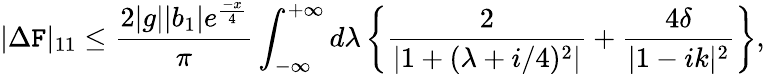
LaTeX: |\Delta\mathtt{F}|_{11}\leq\frac{{2|g||b_{1}|e^{\frac{{-x}}{{4}}}}}{{\pi}}\int_{-\infty}^{+\infty}d\lambda\left\{ \frac{{2}}{{|1+(\lambda+i/4)^{2}|}}+\frac{{4\delta}}{{|1-ik|^{2}}}\right\} ,